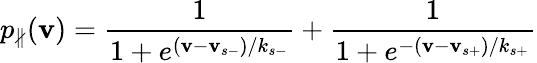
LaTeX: p_{\nparallel}(\mathbf{v})=\frac{1}{{1+e^{(\mathbf{v}-\mathbf{v}_{s-})/k_{s-}}}}+\frac{1}{{1+e^{-(\mathbf{v}-\mathbf{v}_{s+})/k_{s+}}}}